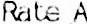
RATE A